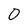
Character: O